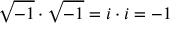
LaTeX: { \sqrt { - 1 } } \cdot { \sqrt { - 1 } } = i \cdot i = - 1